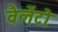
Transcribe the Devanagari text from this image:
वैलेंटो